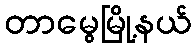
တာမွေမြို့နယ်